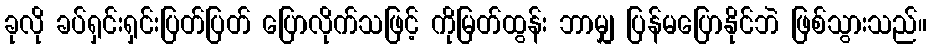
ခုလို ခပ်ရှင်းရှင်းပြတ်ပြတ် ပြောလိုက်သဖြင့် ကိုမြတ်ထွန်း ဘာမျှ ပြန်မပြောနိုင်ဘဲ ဖြစ်သွားသည်။